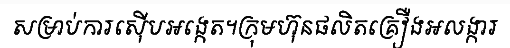
សម្រាប់ការស៊ើបអង្កេត។ក្រុមហ៊ុនផលិតគ្រឿងអលង្ការ